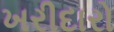
ખરીદારો